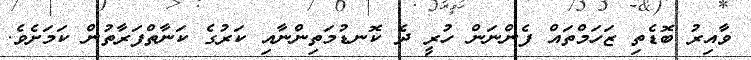
ވާއިރު ބޮޑެތި ޒަހަމްތައް ފެންނަން ހުރީ ދެ ކޮނޑުމަތިންނާއި ކަރުގެ ކަނާތްފަރާތުން ކަމަށެވެ.